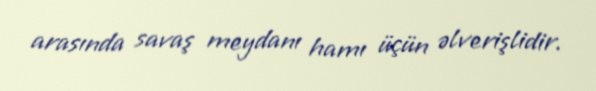
arasında savaş meydanı hamı üçün əlverişlidir.